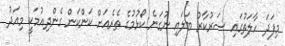
މިފަދަ ހާލަތުގައި ސަރުކާރު ބަލައި ނުގަނެ ކޯޅުމުގެ ތެރެއަށް ކަންކަން ގެންދިއުމަކީ މިއަދު